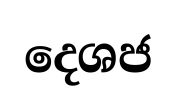
දෙශජ